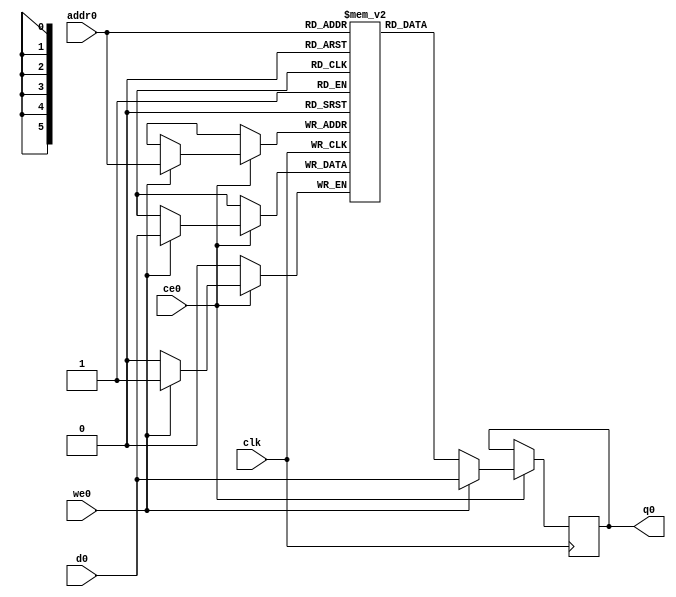
// ==============================================================
// File generated by Vivado(TM) HLS - High-Level Synthesis from C, C++ and SystemC
// Version: 2014.4
// Copyright (C) 2014 Xilinx Inc. All rights reserved.
// 
// ==============================================================

`timescale 1 ns / 1 ps
module top_dijkstra_flag_ram (addr0, ce0, d0, we0, q0,  clk);

parameter DWIDTH = 1;
parameter AWIDTH = 6;
parameter MEM_SIZE = 38;

input[AWIDTH-1:0] addr0;
input ce0;
input[DWIDTH-1:0] d0;
input we0;
output reg[DWIDTH-1:0] q0;
input clk;

(* ram_style = "distributed" *)reg [DWIDTH-1:0] ram[MEM_SIZE-1:0];




always @(posedge clk)  
begin 
    if (ce0) 
    begin
        if (we0) 
        begin 
            ram[addr0] <= d0; 
            q0 <= d0;
        end 
        else 
            q0 <= ram[addr0];
    end
end


endmodule


`timescale 1 ns / 1 ps
module top_dijkstra_flag(
    reset,
    clk,
    address0,
    ce0,
    we0,
    d0,
    q0);

parameter DataWidth = 32'd1;
parameter AddressRange = 32'd38;
parameter AddressWidth = 32'd6;
input reset;
input clk;
input[AddressWidth - 1:0] address0;
input ce0;
input we0;
input[DataWidth - 1:0] d0;
output[DataWidth - 1:0] q0;



top_dijkstra_flag_ram top_dijkstra_flag_ram_U(
    .clk( clk ),
    .addr0( address0 ),
    .ce0( ce0 ),
    .d0( d0 ),
    .we0( we0 ),
    .q0( q0 ));

endmodule